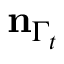
\mathbf { n } _ { \Gamma _ { t } }